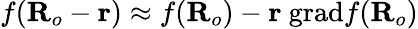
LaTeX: f(\textbf{R}_{o}-\textbf{r})\approx f(\textbf{R}_{o})-\textbf{r}\ \textrm{grad}f(\textbf{R}_{o})